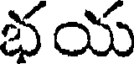
భయ